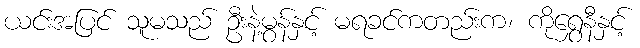
ယင်းအပြင် သူမသည် ဦးနဲ့မွန်နှင့် မရခင်ကတည်းက၊ ကိုရွှေနီနှင့်